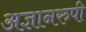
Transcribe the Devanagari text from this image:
अज्ञानरुपी